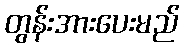
တွန်းအားပေးမည်